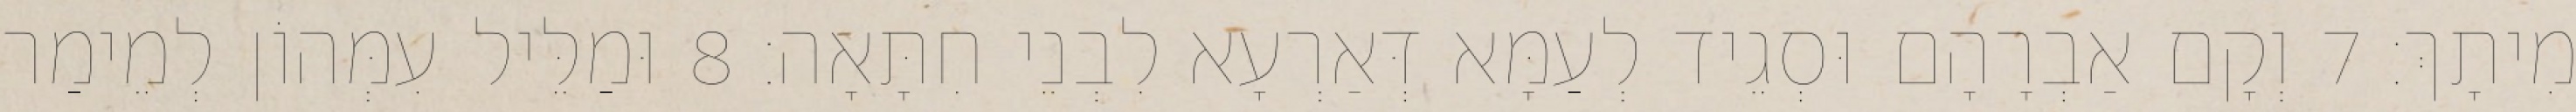
מִיתָךְ׃ 7 וְקָם אַבְרָהָם וּסְגֵיד לְעַמָּא דְּאַרְעָא לִבְנֵי חִתָּאָה׃ 8 וּמַלֵּיל עִמְּהוֹן לְמֵימַר